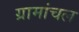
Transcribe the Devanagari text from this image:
ग्रामांचल